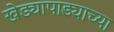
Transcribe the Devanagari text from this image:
खेड्यापाड्याच्या